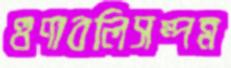
গুণাবলিসম্পন্ন